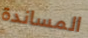
المساندة